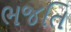
ભજતિ